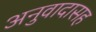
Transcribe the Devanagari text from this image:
अनुवादासह